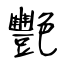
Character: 艷